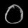
Digit: ၀